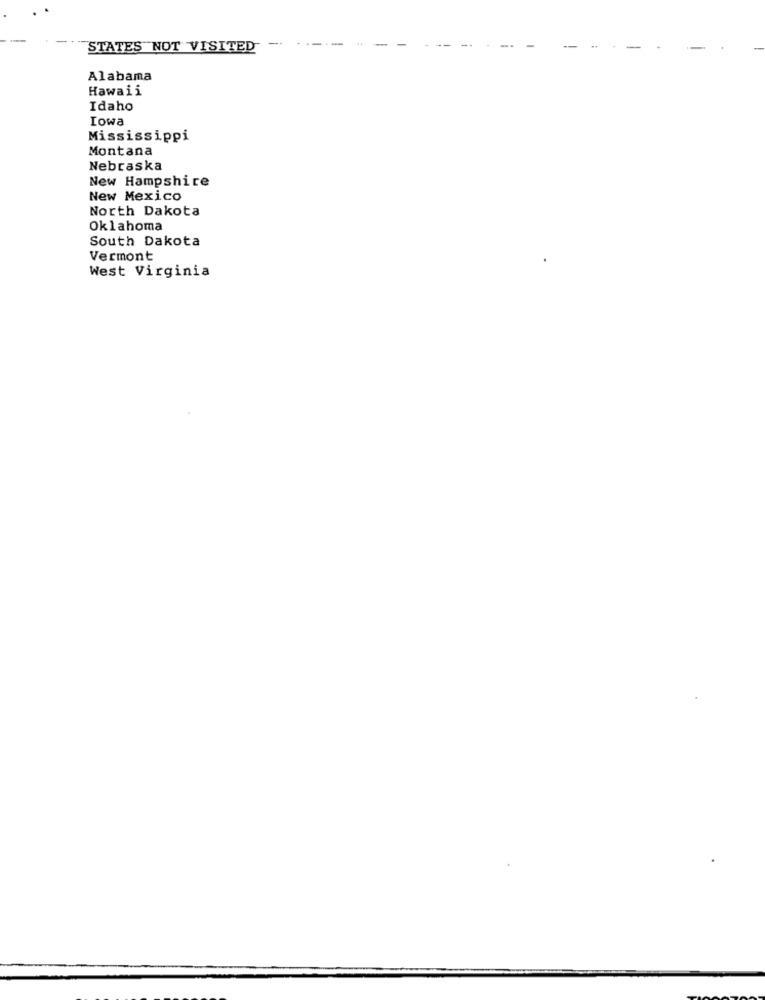
STATES NOT VISITED
Alabama
Hawaii
Idaho
Iowa
Mississippi
Montana
Nebraska
New Hampshire
New Mexico
North Dakota
Oklahoma
South Dakota
Vermont
West Virginia